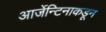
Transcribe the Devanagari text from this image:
आर्जेन्टिनाकडून